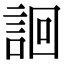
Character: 䛛